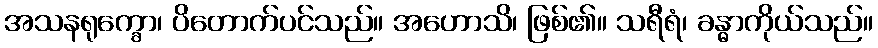
အသနရုက္ခော၊ ပိတောက်ပင်သည်။ အဟောသိ၊ ဖြစ်၏။ သရီရံ၊ ခန္ဓာကိုယ်သည်။